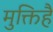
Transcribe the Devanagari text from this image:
मुक्तिहै